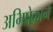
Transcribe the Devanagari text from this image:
अभिषेकाने